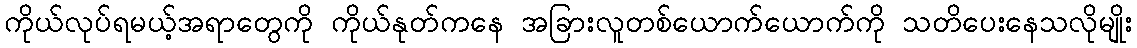
ကိုယ်လုပ်ရမယ့်အရာတွေကို ကိုယ်နုတ်ကနေ အခြားလူတစ်ယောက်ယောက်ကို သတိပေးနေသလိုမျိုး